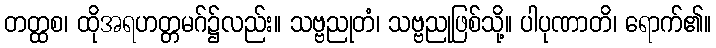
တတ္ထစ၊ ထိုအရဟတ္တမဂ်၌လည်း။ သဗ္ဗညုတံ၊ သဗ္ဗညုဖြစ်သို့။ ပါပုဏာတိ၊ ရောက်၏။